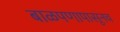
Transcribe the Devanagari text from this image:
बाळपणापासूनच